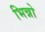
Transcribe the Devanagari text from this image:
भिन्नो